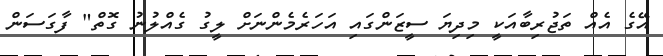
އޭގެ އެއް ތަޖުރިބާއަކީ މިދިޔަ ސީޒަންގައި އަހަރެމެންނަށް ލީގު ގެއްލުނު ގޮތް" ފާގަސަން